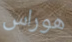
هوراس